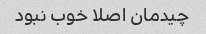
چیدمان اصلا خوب نبود